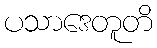
ပသာဒေတူတိ